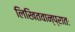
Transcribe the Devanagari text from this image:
लिखितवान्प्रातः